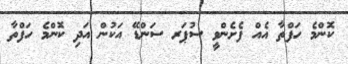
ކޮންމެ ހަފްތާ އެއް ފެށެންވީ ސުޕަރ ސަންޑޭ އަކުން އަދި ކޮންމެ ހަފްތާ